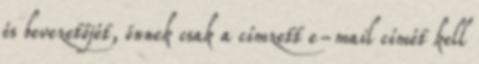
és bevezetőjét, önnek csak a címzett e-mail címét kell